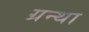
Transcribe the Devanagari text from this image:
ग्रन्था